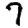
Digit: 7